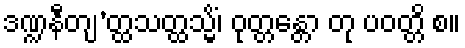
ဒဏ္ဍနီတျ’တ္ထသတ္ထသ္မိံ၊ ဝုတ္တန္တော တု ပဝတ္တိ စ။